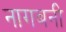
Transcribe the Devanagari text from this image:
नागबनी